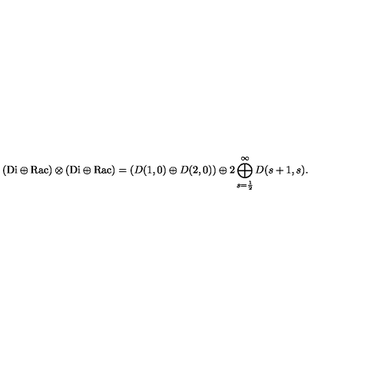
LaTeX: ( { \mathrm { D i } } \oplus { \mathrm { R a c } } ) \otimes ( { \mathrm { D i } } \oplus { \mathrm { R a c } } ) = ( D ( 1 , 0 ) \oplus D ( 2 , 0 ) ) \oplus 2 \bigoplus _ { s = \frac { 1 } { 2 } } ^ { \infty } D ( s + 1 , s ) .